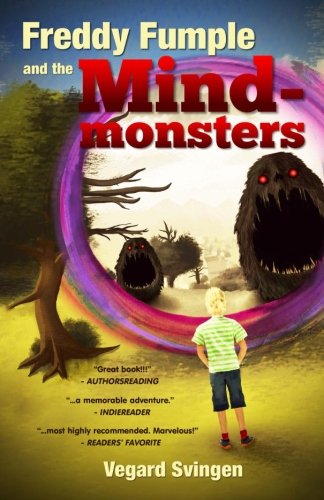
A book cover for Freddy Fumple and the Mindmonsters; Vegard Svingen; Children's Books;